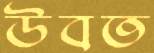
উবত